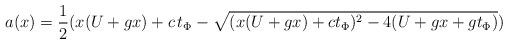
LaTeX: \begin{align*}a(x)={1 \over 2} (x (U + gx)+c \, t_{\Phi} -\sqrt{(x (U+g x)+c t_{\Phi})^2-4 (U+g x+g t_{\Phi})})\end{align*}